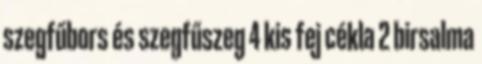
szegfűbors és szegfűszeg 4 kis fej cékla 2 birsalma